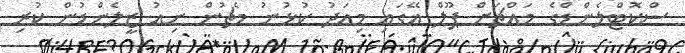
ސްކޮޓްލެންޑްގެ މައްޗަށް ޕޫލް އޭގައި މިއަދު ކުޅުނު މެޗުން ނިއު ޒީލެންޑުން ކުރި